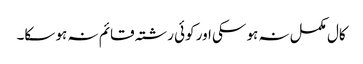
کال مکمل نہ ہو سکی اور کوئی رشتہ قائم نہ ہو سکا۔